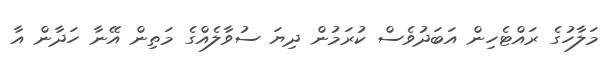
މަލާހުގެ ރައްޓެހިން އަބަދުވެސް ކުރަމުން ދިޔަ ސުވާލެެއްގެ މަތިން އޭނާ ހަދާން އާ